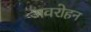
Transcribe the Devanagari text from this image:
अवरोहन